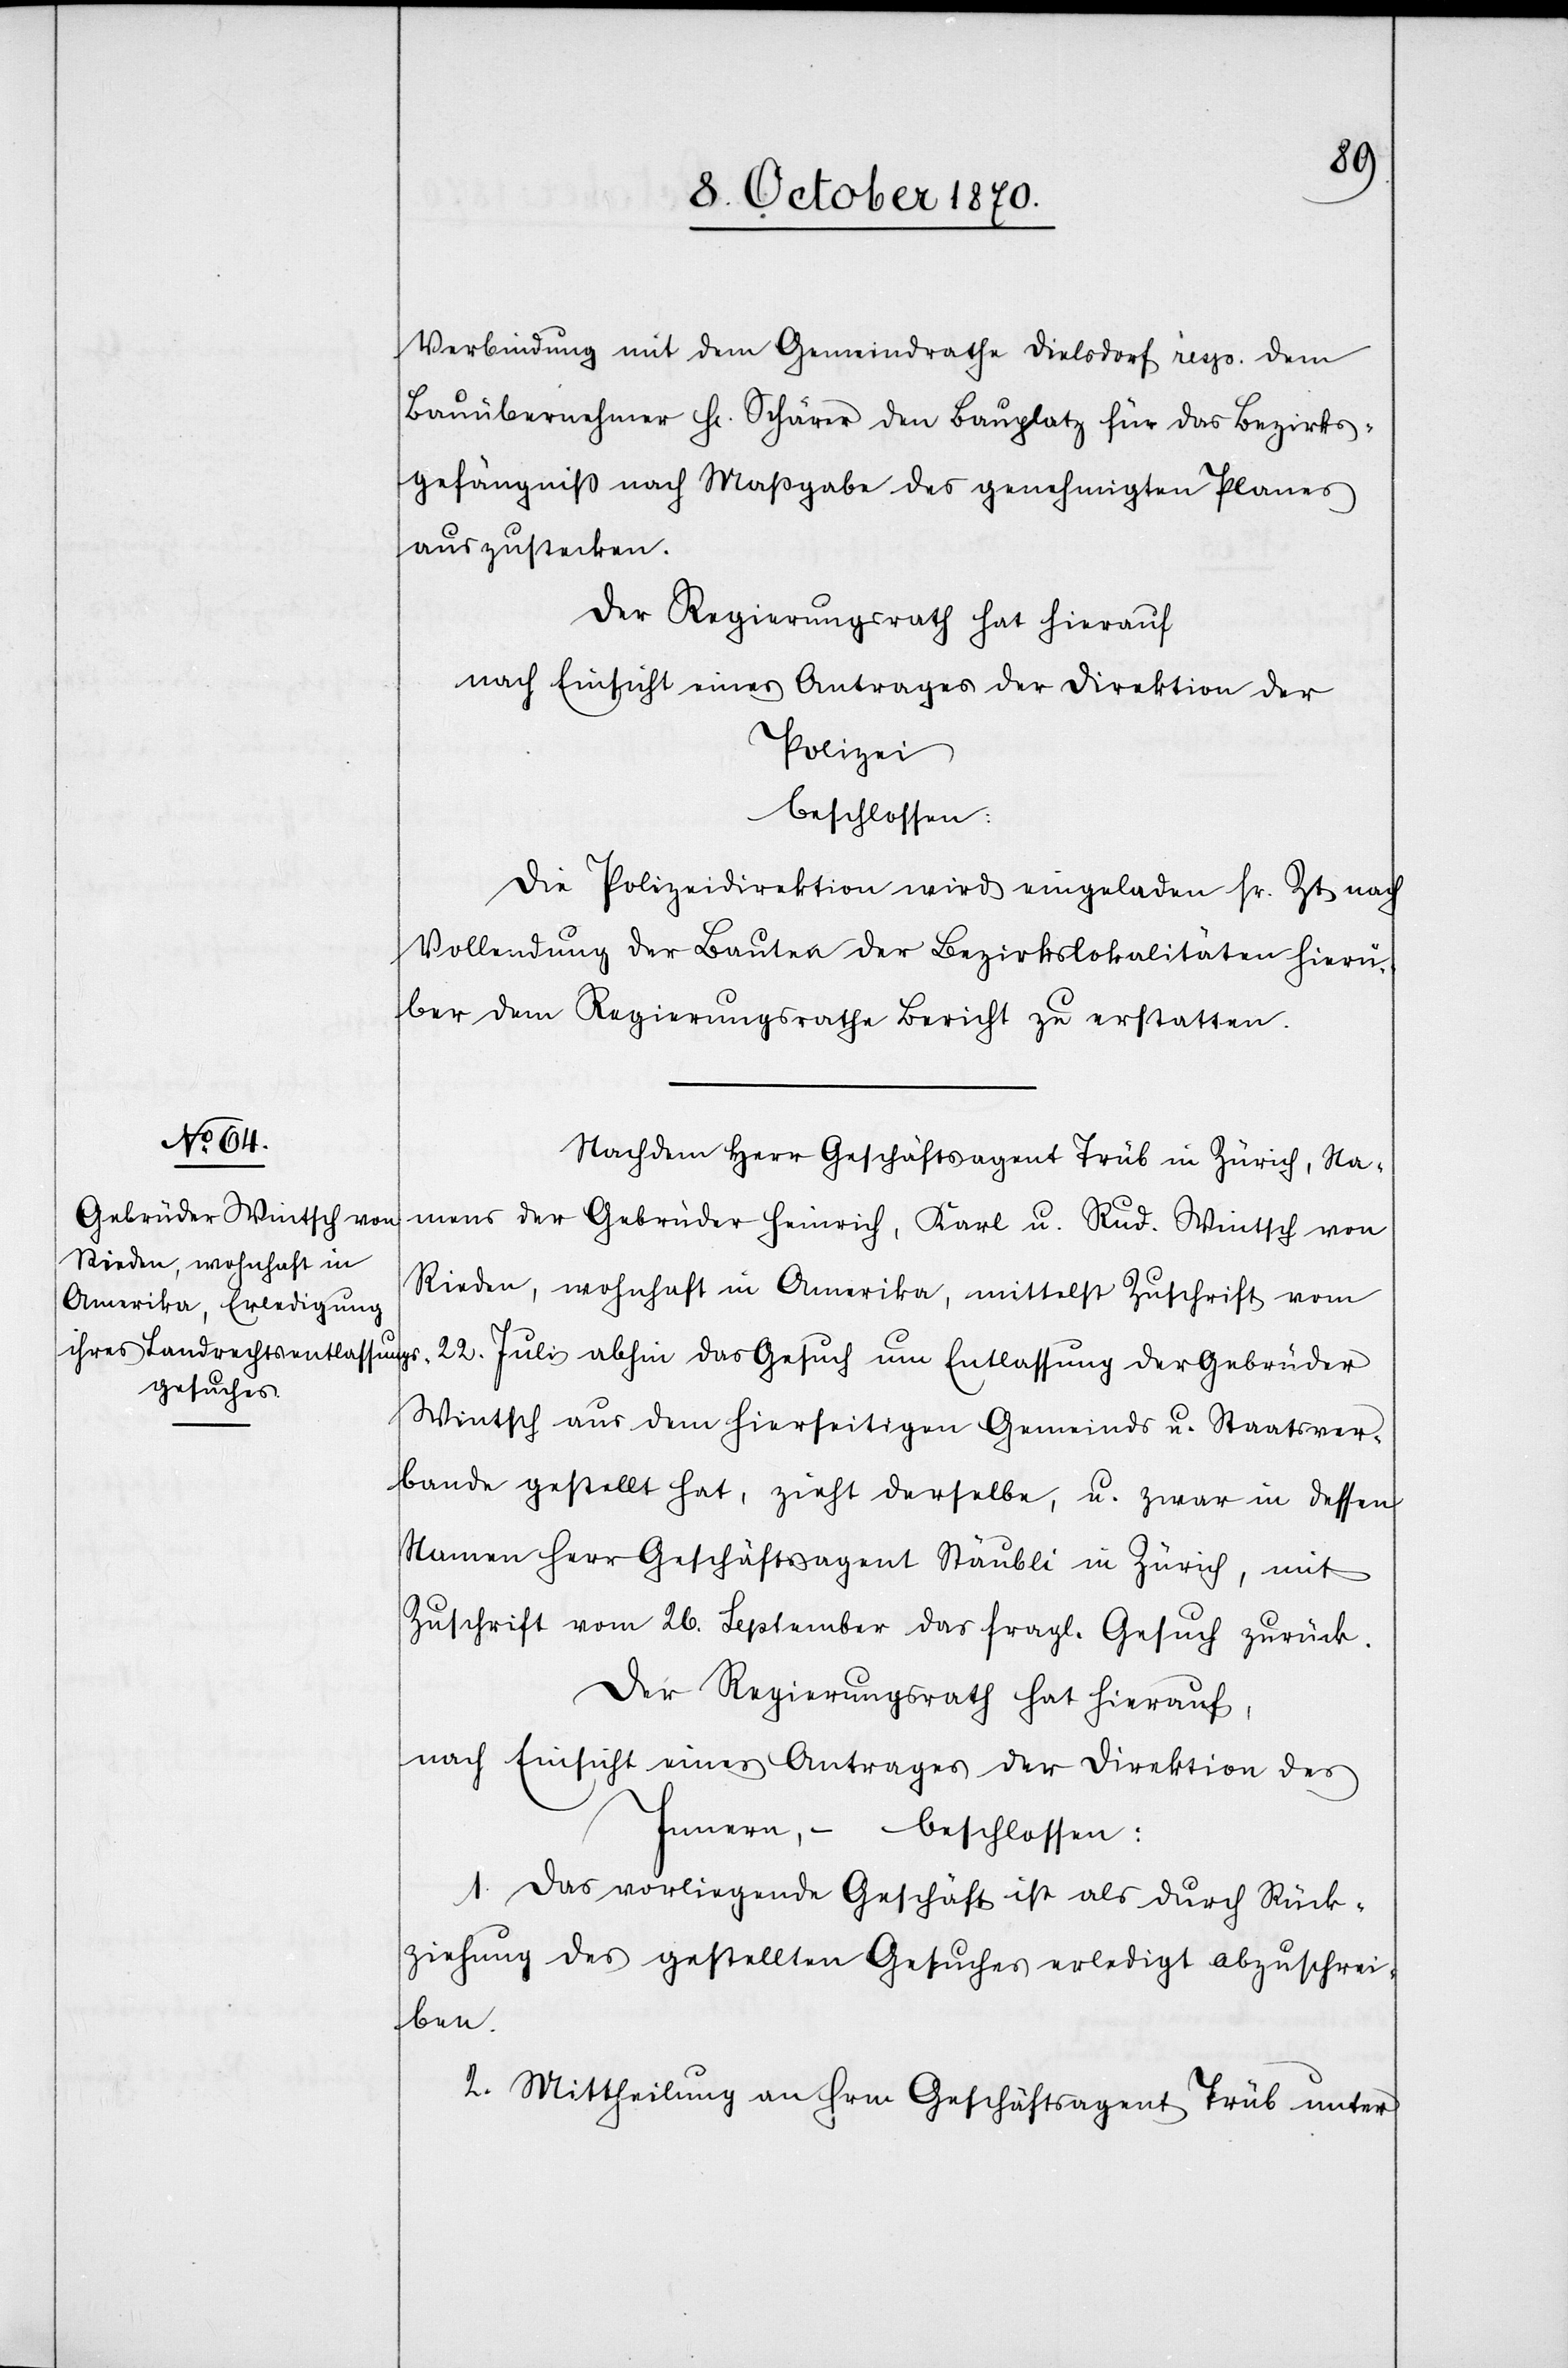
Verbindung mit dem Gemeindrathe Dielsdorf resp. dem
Bauübernehmer Hr. Schärer den Bauplatz für das Bezirks¬
gefängniß nach Maßgabe des genehmigten Planes
auszustecken.
Der Regierungsrath hat hierauf
nach Einsicht eines Antrages der Direktion der
Polizei
beschlossen:
Die Polizeidirektion wird eingeladen sr. Zt. nach
Vollendung der Bauten der Bezirkslokalitäten hierü¬
ber dem Regierungsrathe Bericht zu erstatten.
Nachdem Herr Geschäftsagent Trüb in Zürich, Na¬
mens der Gebrüder Heinrich, Karl u. Rud. Wintsch von
Rieden, wohnhaft in Amerika, mittelst Zuschrift vom
22. Juli abhin das Gesuch um Entlassung der Gebrüder
Wintsch aus dem hierseitigen Gemeinds u. Staatsver¬
bande gestellt hat, zieht derselbe, u. zwar in dessen
Namen Herr Geschäftsagent Stäubli in Zürich, mit
Zuschrift vom 26. September das fragl. Gesuch zurück.
Der Regierungsrath hat hierauf,
nach Einsicht eines Antrages der Direktion des
Innern, – beschlossen:
1. Das vorliegende Geschäft ist als durch Rück¬
ziehung des gestellten Gesuches erledigt abzuschrei¬
ben.
2. Mittheilung an Hrn. Geschäftsagent Trüb unter